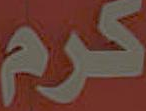
كرم